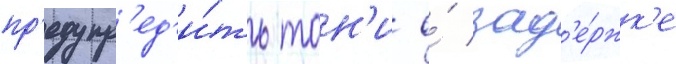
пр'едупр'ед'и́ть тон'и о́ зад'е́ржк'е